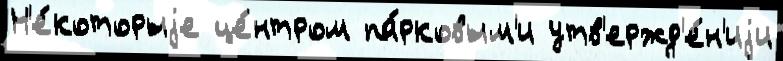
Н'е́которыjе це́нтром па́рковым'и утв'ержд'е́н'иjи